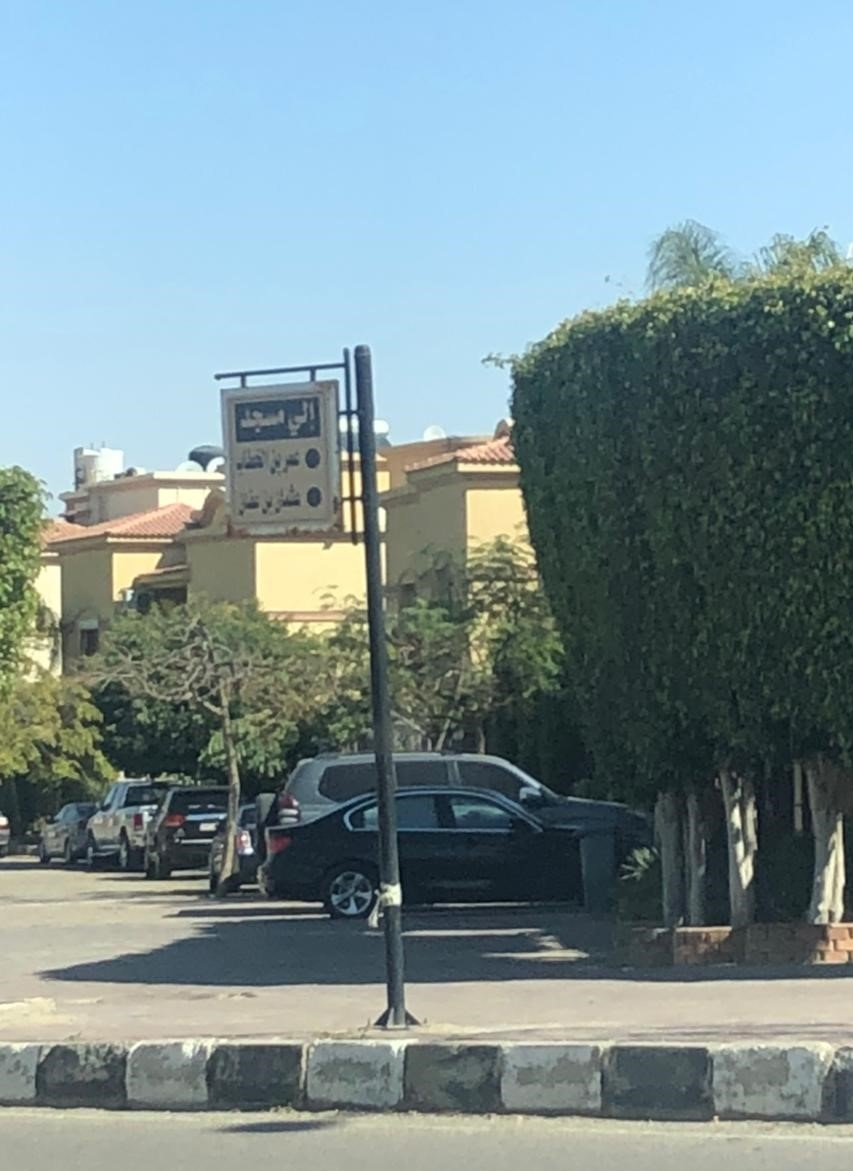
Text in image: مسجد إلي عمر بن الخطاب عثمان عفان بن